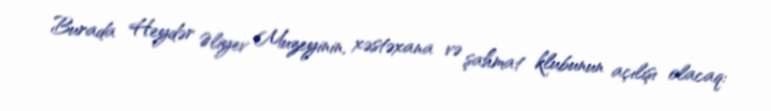
Burada Heydər Əliyev Muzeyinin, xəstəxana və şahmat klubunun açılışı olacaq: